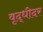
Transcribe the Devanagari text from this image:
वृद्धीदर